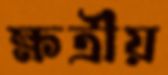
ক্ষত্রীয়